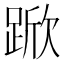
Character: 𮛧